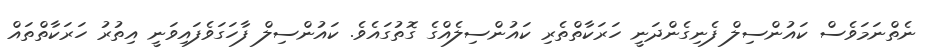
ނެތްނަމަވެސް ކައުންސިލް ފެނިގެންދަނީ ހަރަކާތްތެރި ކައުންސިލެއްގެ ގޮތުގައެވެ. ކައުންސިލް ފާހަގަވެފައިވަނީ އިތުރު ހަރަކާތްތައް